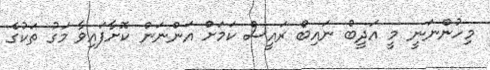
މިހުންނަނީ މީ އަދީބް ނައިބް ރައީސް ކަމަށް އަންނަން ކޮށާފައިވާ މަގު ތަކުގެ